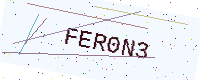
Text: FER0N3